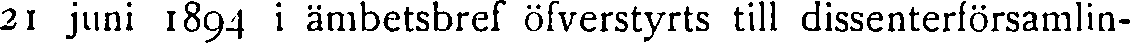
21 juni 1894 i ämbetsbref öfverstyrts till dissenterförsamlin-